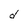
Character: d